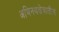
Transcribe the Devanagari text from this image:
अभिनयक्षेत्रातील